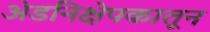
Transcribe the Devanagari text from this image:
अंडनिक्षेपकातून